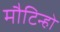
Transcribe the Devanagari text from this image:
मौटिन्हो